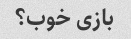
بازی خوب؟